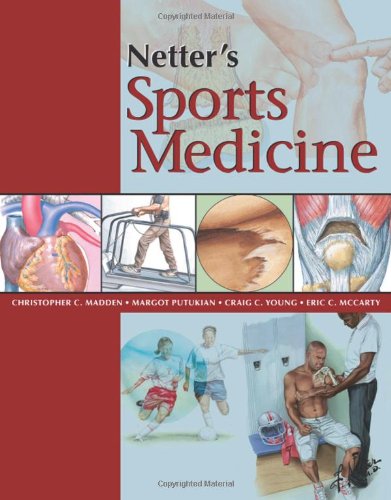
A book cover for Netter's Sports Medicine, 1e (Netter Clinical Science); Christopher Madden MD; Medical Books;